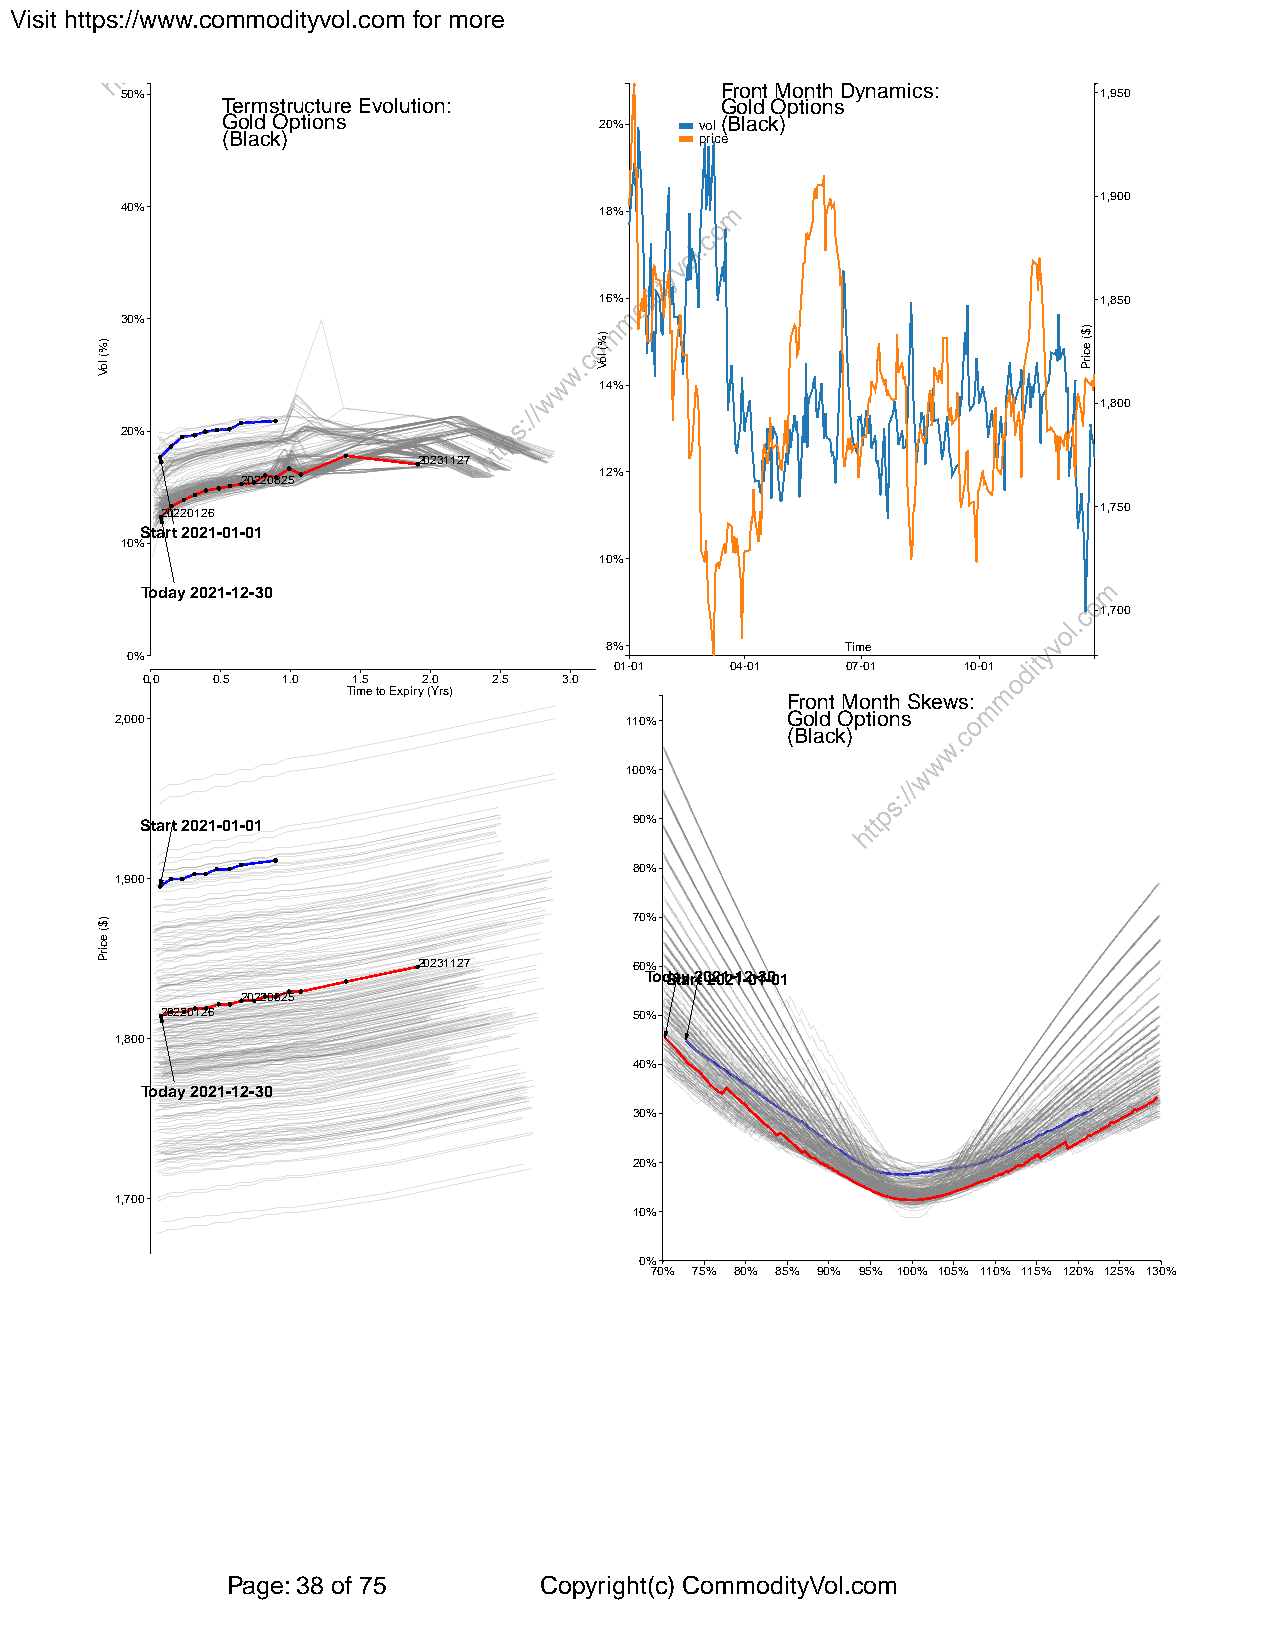
Visit https://www.commodityvol.com for more
 Front Month Dynamics:
 50%                                                              1,950
 Termstructure Evolution:         Gold Options
 Gold Options             20%   vol(Black)
 (Black)                        price
 1,900
 40%                             18%
 16%                              1,850
 30%
 14%
 1,800
 20%
 20231127
 12%
 20220825
 1,750
 20220126
 Start 2021-01-01
 10%
 10%
 Today 2021-12-30
 1,700
 8%              Time
 0%
 01-01  04-01   07-01   10-01
 0.0  0.5  1.0 1.5  2.0  2.5 3.0
 Time to Expiry (Yrs)
 Front Month Skews:
 2,000                            110%       Gold Options
 (Black)
 100%
 Start 2021-01-01                 90%
 80%
 1,900
 70%
 20231127      60%
 TodSatya r2t 022012-11-20-13-001
 20220825
 20220126                       50%
 1,800
 40%
 Today 2021-12-30
 30%
 20%
 1,700
 10%
 0%
 70% 75% 80% 85% 90% 95% 100% 105% 110% 115% 120% 125% 130%
 Page: 38 of 75       Copyright(c) CommodityVol.com
 )%(
 loV
 )$(
 ecirP
 )%(
 loV
 )$(
 ecirP